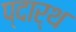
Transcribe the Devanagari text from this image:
प्दार्थ